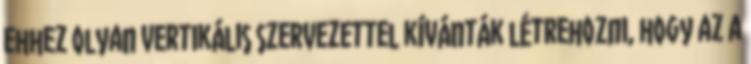
ehhez olyan vertikális szervezettel kívánták létrehozni, hogy az a